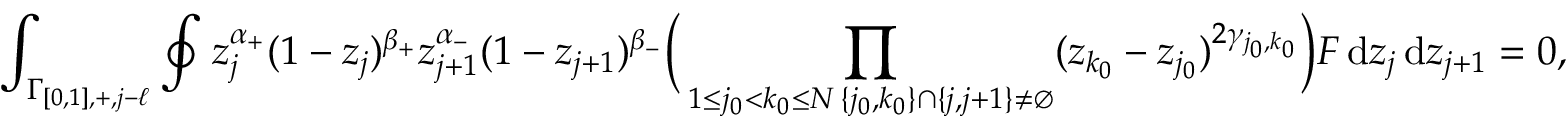
\int _ { \Gamma _ { [ 0 , 1 ] , + , j - \ell } } \oint z _ { j } ^ { \alpha _ { + } } ( 1 - z _ { j } ) ^ { \beta _ { + } } z _ { j + 1 } ^ { \alpha _ { - } } ( 1 - z _ { j + 1 } ) ^ { \beta _ { - } } \Big ( \prod _ { \substack { 1 \leq j _ { 0 } < k _ { 0 } \leq N \, \{ j _ { 0 } , k _ { 0 } \} \cap \{ j , j + 1 \} \neq \varnothing } } ( z _ { k _ { 0 } } - z _ { j _ { 0 } } ) ^ { 2 \gamma _ { j _ { 0 } , k _ { 0 } } } \Big ) F \, \mathrm { d } z _ { j } \, \mathrm { d } z _ { j + 1 } = 0 ,